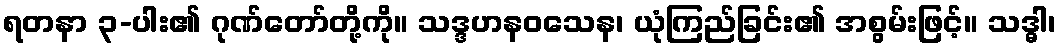
ရတနာ ၃-ပါး၏ ဂုဏ်တော်တို့ကို။ သဒ္ဒဟနဝသေန၊ ယုံကြည်ခြင်း၏ အစွမ်းဖြင့်။ သဒ္ဓါ၊